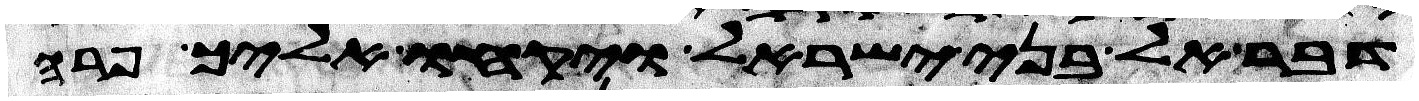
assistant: דבר אל בני ישראל ויקחו אליך פרה